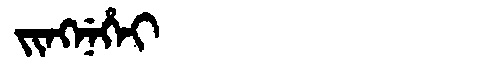
Manchu: ᠵᡳᠩᠨᡝᡥᡝᡳ
Romanization: JINGNEHEI